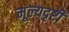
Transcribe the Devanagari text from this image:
मूल्यदृष्टी